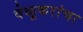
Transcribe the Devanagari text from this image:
वेळूकरांचा